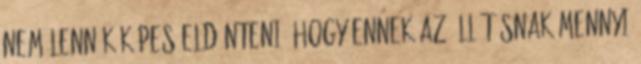
nem lennék képes eldönteni, hogy ennek az állításnak mennyi